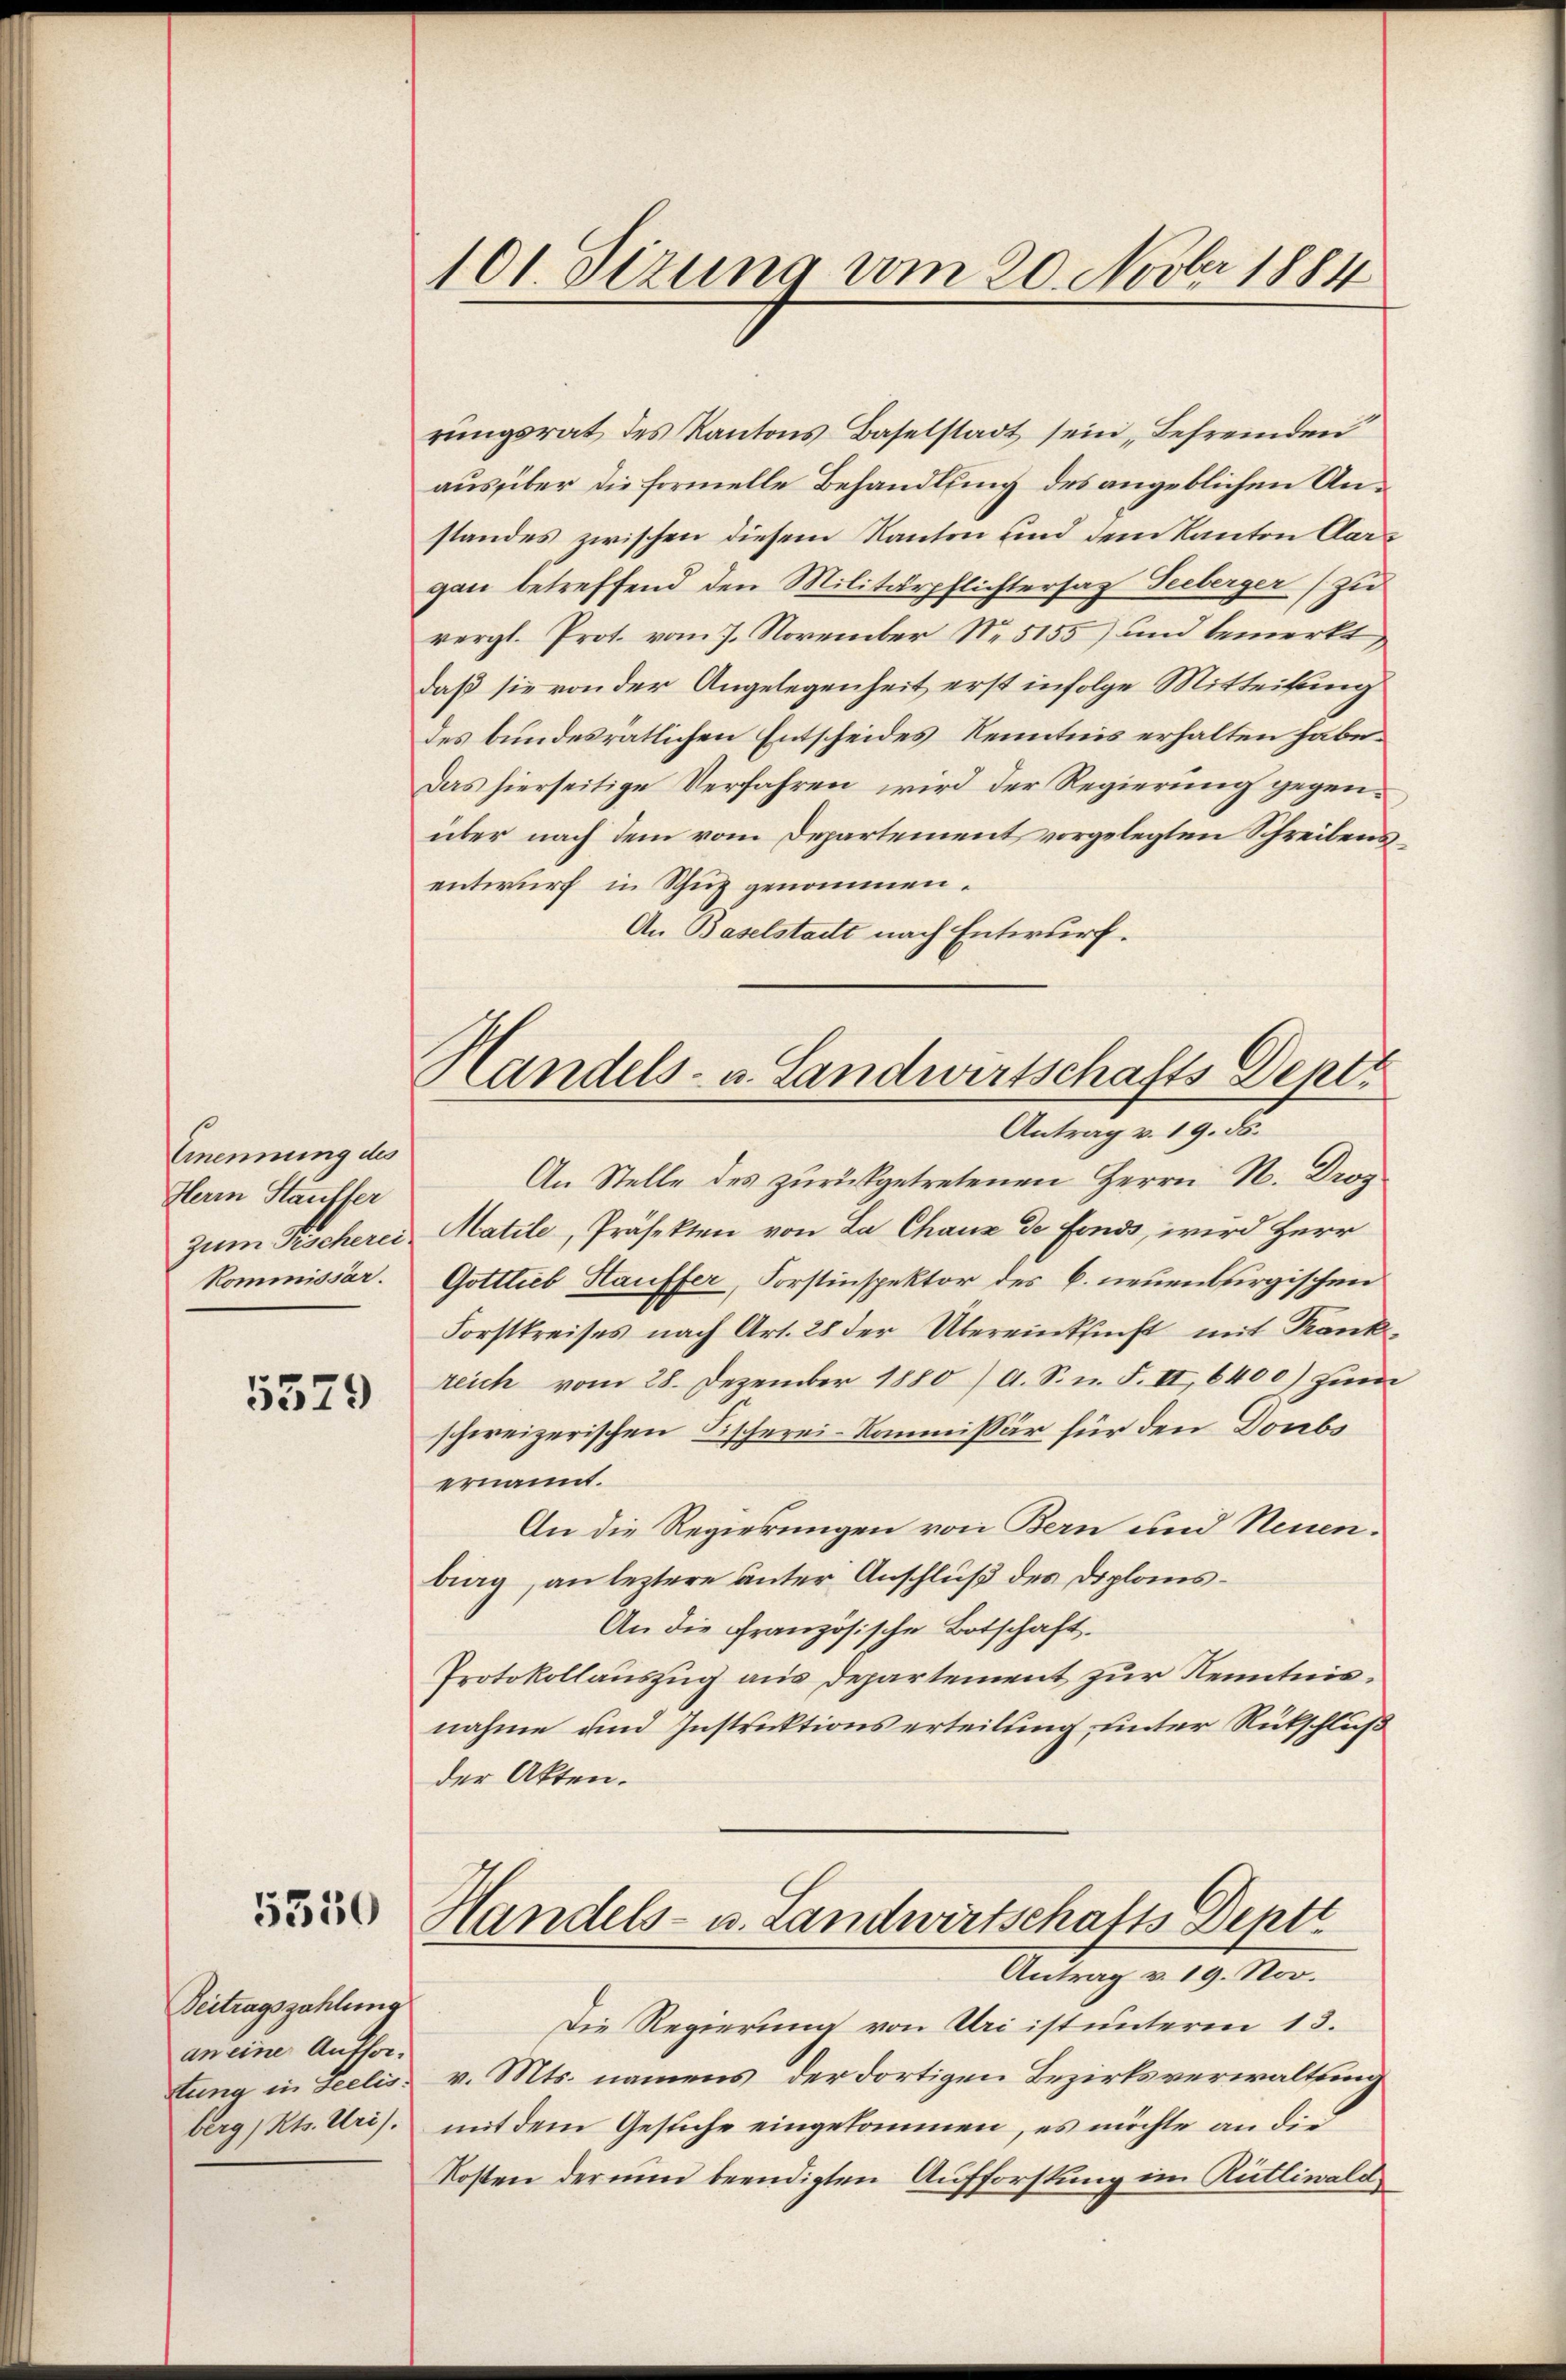
Cmnennung des
Herrn Stauffer
Kommissar.

5579

5330

Beitragszahlung
an eine Aufforberg, Kts. Uri).

101. Sizung vom 20. Novber 1884

Handels- u. Landwirtschafts Dept
Antrag v. 19. ds.

rŭngsrat des Kantons Baselstadt sein Befremden
aus über die formelle Behandlung des angeblichen Anstandes zwischen diesem Kanton und dem Kanton Aargan betreffend den Militärpflichtersaz Seeberger (zu
vergl. Prot. vom 7. November No 5155) und bemerkt,
daß sie von der Angelegenheit erst infolge Mitteilung
des bundesrätlichen Entscheides Kenntnis erhalten habe.
Das hierseitige Verfahren wird der Regierung gegenüber nach dem vom Departement vorgelegten Schreibensentwurf in Schuz genommen.
An Baselstadtt nach Entwurf.
An Stelle des zurückgetretenen Herrn N. Dros
zum Tischerei Matile, Präsekten von La Chaux de fonds, wird Herr
Gottlieb Hauffer, Forstinspektor des C. neuenburgischen
Forstkreises nach Art. 28 der Übereinklicht mit Krankreich vom 28. Dezember 1880 / A. S. n. F. II 6400) zŭm
schweizerischen Fischerei-Kommissär für den Doubs
ernannt.
An die Regierungen von Bern und Neuen.
big, an leztere Unter Anschluß des Diplans¬
An die Französische Botschaft.
Protokollauszug aus Departement zur Kenntnisnahme und Instruktionserteilung unter Rückschluß
der Akten.
Handels- u. Landwirtschafts Depti
Antrag v. 19. Nov.
Die Regierung von Uri ist unterm 13.
ttung in seelis, v. Mts. namens der dortigen Bezirksverwaltung
mit dem Gesuche eingekommen, es möchte an die
Kosten der nun beendigten Aufforstung im Rüttiwald